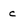
Character: c